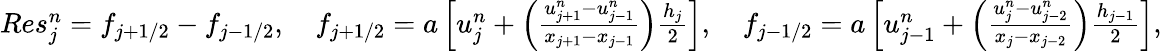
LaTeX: \begin{array}{r}{Res_{j}^{n}=f_{j+1/2}-f_{j-1/2},\quad f_{j+1/2}=a\left[u_{j}^{n}+\left(\frac{u_{j+1}^{n}-u_{j-1}^{n}}{x_{j+1}-x_{j-1}}\right)\frac{h_{j}}{2}\right],\quad f_{j-1/2}=a\left[u_{j-1}^{n}+\left(\frac{u_{j}^{n}-u_{j-2}^{n}}{x_{j}-x_{j-2}}\right)\frac{h_{j-1}}{2}\right],}\end{array}